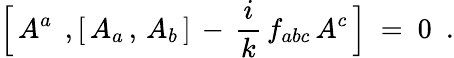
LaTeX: \Bigl[\, A^{a}\; \, ,[\, A_{a}\, ,\, A_{b}\, ]\, -\, \frac{i}{k}\, f_{abc}\, A^{c}\, \Bigr]\ =\ 0\ \ .